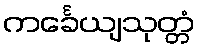
ကင်္ခေယျသုတ္တံ